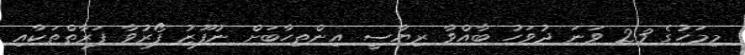
މިމަހުގެ 23 ވަނަ ދުވަހު ބާއްވާ ރިޔާސީ އިންތިހާބަށް ނުފޫޒު ފޯރުވާ ފަރާތްތަކާއި